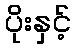
ပိုးနှင့်